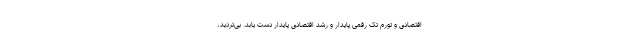
اقتصادی و تورم تک رقمی پایدار و رشد اقتصادی پایدار دست یابد. بی‌تردید،